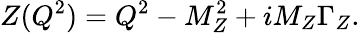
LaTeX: Z(Q^{2})=Q^{2}-M_{Z}^{2}+iM_{Z}\Gamma_{Z}.